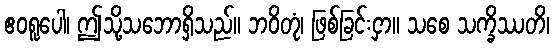
ဧဝရူပေါ၊ ဤသို့သဘောရှိသည်။ ဘဝိတုံ၊ ဖြစ်ခြင်းငှာ။ သစေ သက္ခိဿတိ၊